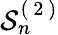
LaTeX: \mathcal{S}_{n}^{(\mathrm{~2~})}